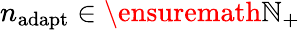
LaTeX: n_{\mathrm{adapt}}\in\ensuremath{\mathbb{N}}_{+}